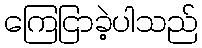
ကြေငြာခဲ့ပါသည်